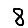
Digit: 8